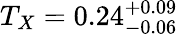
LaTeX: T_{X}=0.24_{-0.06}^{+0.09}